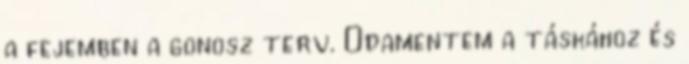
a fejemben a gonosz terv. Odamentem a táskához és